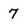
Character: 7